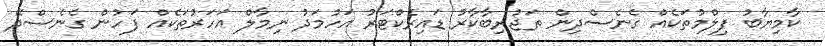
ކާމިޔާބު ފިލްމުތަކެއް ގެނެސްދިން ތަޖުރިބާކާރު ޑައިރެކްޓަރު އަހުމަދު ނިމާލް އަހަރުތަކެއް ފަހުން ގެނެސްދޭ